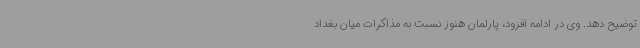
توضیح دهد. وی در ادامه افزود، پارلمان هنوز نسبت به مذاکرات میان بغداد